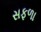
સફળા